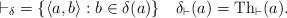
LaTeX: \begin{align*} {\vdash_{\delta}} = \{\langle a,b\rangle : b\in\delta(a)\} \quad \delta_{\vdash}(a) = \mathrm{Th}_{\vdash}(a).\end{align*}